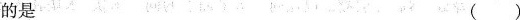
的是( )